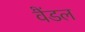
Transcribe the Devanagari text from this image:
वैंडल